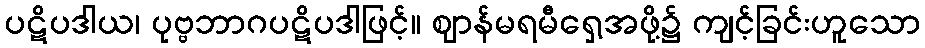
ပဋိပဒါယ၊ ပုဗ္ဗဘာဂပဋိပဒါဖြင့်။ ဈာန်မရမီရှေ့အဖို့၌ ကျင့်ခြင်းဟူသော